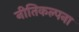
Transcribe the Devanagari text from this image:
नीतिकल्पना